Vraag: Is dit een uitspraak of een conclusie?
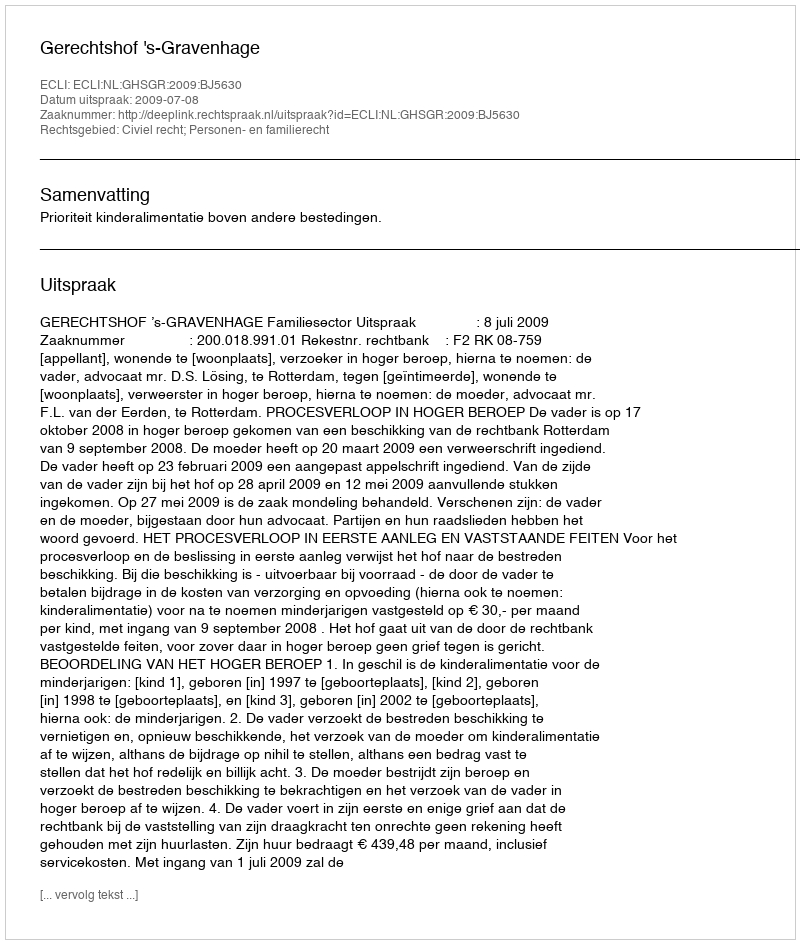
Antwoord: Uitspraak